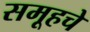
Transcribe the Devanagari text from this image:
समूहचे